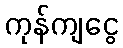
ကုန်ကျငွေ